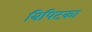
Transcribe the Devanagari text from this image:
त्रिपिटका